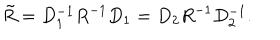
\tilde { R } = D _ { 1 } ^ { - 1 } R ^ { - 1 } D _ { 1 } = D _ { 2 } R ^ { - 1 } D _ { 2 } ^ { - 1 } .